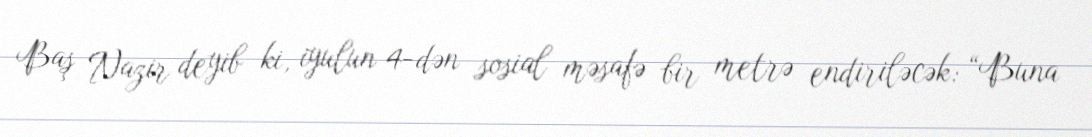
Baş Nazir deyib ki, iyulun 4-dən sosial məsafə bir metrə endiriləcək: “Buna